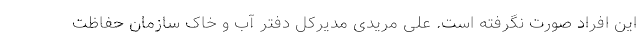
این افراد صورت نگرفته است. علی مریدی مدیرکل دفتر آب و خاک سازمان حفاظت